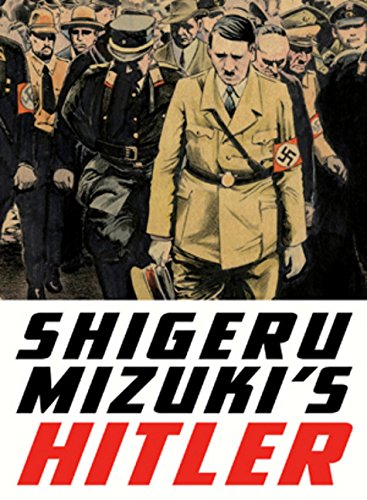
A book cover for Shigeru Mizuki's Hitler; Shigeru Mizuki; Comics & Graphic Novels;